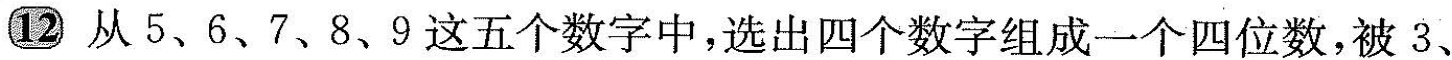
12从5、6、7、8、9这五个数字中，选出四个数字组成一个四位数，被3、